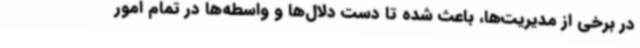
در برخی از مدیریت‌ها، باعث شده تا دست دلال‌ها و واسطه‌ها در تمام امور